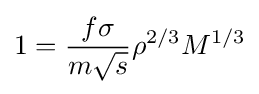
1={\frac {f\sigma }{m{\sqrt {s}}}}\rho ^{2/3}M^{1/3}